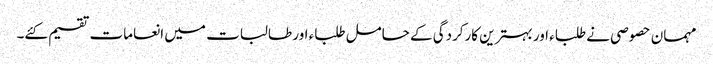
مہمان حصوصی نے طلباء اور بہترین کارکردگی کے حامل طلباء اور طالبات میں انعامات تقسیم کئے۔